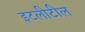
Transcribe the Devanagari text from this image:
इटलीटील